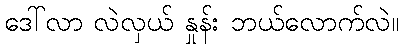
ဒေါ်လာ လဲလှယ် နှုန်း ဘယ်လောက်လဲ။